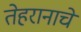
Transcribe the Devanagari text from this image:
तेहरानाचे